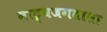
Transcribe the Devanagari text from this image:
नाट्यजगताला